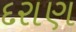
દરાણ